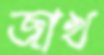
জাখ